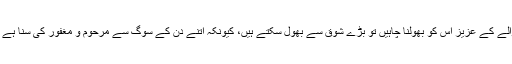
اس کے بعد اگر مرنے والے کے عزیز اس کو بھولنا چاہیں تو بڑے شوق سے بھول سکتے ہیں، کیونکہ اتنے دن کے سوگ سے مرحوم و مغفور کی سنا ہے پوری تشفی ہو جاتی ہے۔